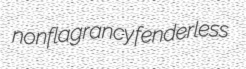
nonflagrancy fenderless